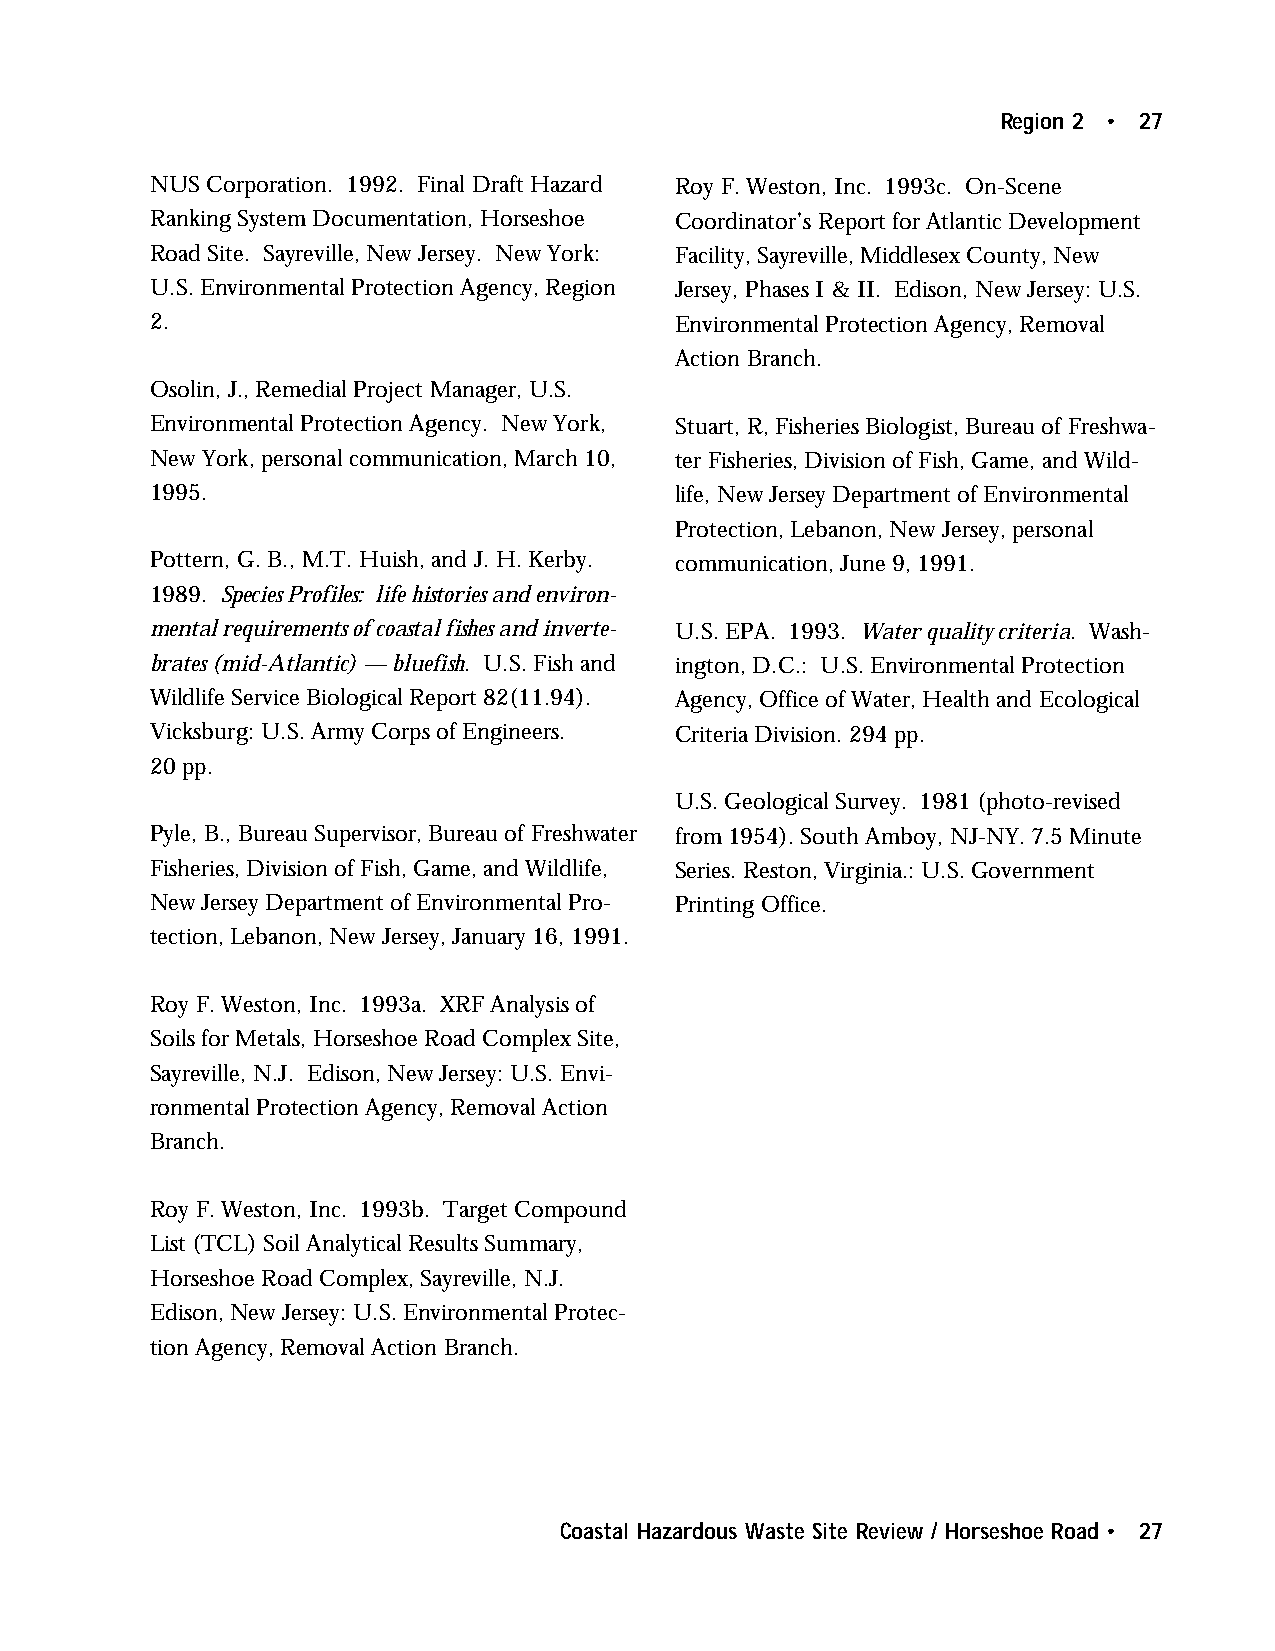
Region 2 • 27
 NUS Corporation. 1992. Final Draft Hazard Roy F. Weston, Inc. 1993c. On-Scene
 Ranking System Documentation, Horseshoe Coordinator’s Report for Atlantic Development
 Road Site. Sayreville, New Jersey. New York: Facility, Sayreville, Middlesex County, New
 U.S. Environmental Protection Agency, Region Jersey, Phases I & II. Edison, New Jersey: U.S.
 2.                                 Environmental Protection Agency, Removal
 Action Branch.
 Osolin, J., Remedial Project Manager, U.S.
 Environmental Protection Agency. New York, Stuart, R, Fisheries Biologist, Bureau of Freshwa-
 New York, personal communication, March 10, ter Fisheries, Division of Fish, Game, and Wild-
 1995.                              life, New Jersey Department of Environmental
 Protection, Lebanon, New Jersey, personal
 Pottern, G. B., M.T. Huish, and J. H. Kerby. communication, June 9, 1991.
 1989. Species Profiles: life histories and environ-
 mental requirements of coastal fishes and inverte- U.S. EPA. 1993. Water quality criteria. Wash-
 brates (mid-Atlantic) — bluefish. U.S. Fish and ington, D.C.: U.S. Environmental Protection
 Wildlife Service Biological Report 82(11.94). Agency, Office of Water, Health and Ecological
 Vicksburg: U.S. Army Corps of Engineers. Criteria Division. 294 pp.
 20 pp.
 U.S. Geological Survey. 1981 (photo-revised
 Pyle, B., Bureau Supervisor, Bureau of Freshwater from 1954). South Amboy, NJ-NY. 7.5 Minute
 Fisheries, Division of Fish, Game, and Wildlife, Series. Reston, Virginia.: U.S. Government
 New Jersey Department of Environmental Pro- Printing Office.
 tection, Lebanon, New Jersey, January 16, 1991.
 Roy F. Weston, Inc. 1993a. XRF Analysis of
 Soils for Metals, Horseshoe Road Complex Site,
 Sayreville, N.J. Edison, New Jersey: U.S. Envi-
 ronmental Protection Agency, Removal Action
 Branch.
 Roy F. Weston, Inc. 1993b. Target Compound
 List (TCL) Soil Analytical Results Summary,
 Horseshoe Road Complex, Sayreville, N.J.
 Edison, New Jersey: U.S. Environmental Protec-
 tion Agency, Removal Action Branch.
 Coastal Hazardous Waste Site Review / Horseshoe Road • 27